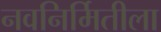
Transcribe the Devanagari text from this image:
नवनिर्मितीला